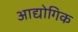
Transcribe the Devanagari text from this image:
आद्योगिक